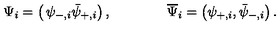
\Psi _ { i } = \left( \begin{matrix} { \psi _ { - , i } } \\ { \bar { \psi } _ { + , i } } \\ \end{matrix} \right) , \qquad \qquad \overline { { \Psi } } _ { i } = \left( \psi _ { + , i } , \bar { \psi } _ { - , i } \right) .